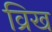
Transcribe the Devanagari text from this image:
व्रिख